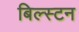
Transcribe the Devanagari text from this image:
बिल्स्टन